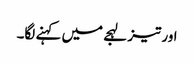
اور تیز لہجے میں کہنے لگا۔